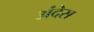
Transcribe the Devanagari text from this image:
अंदेस